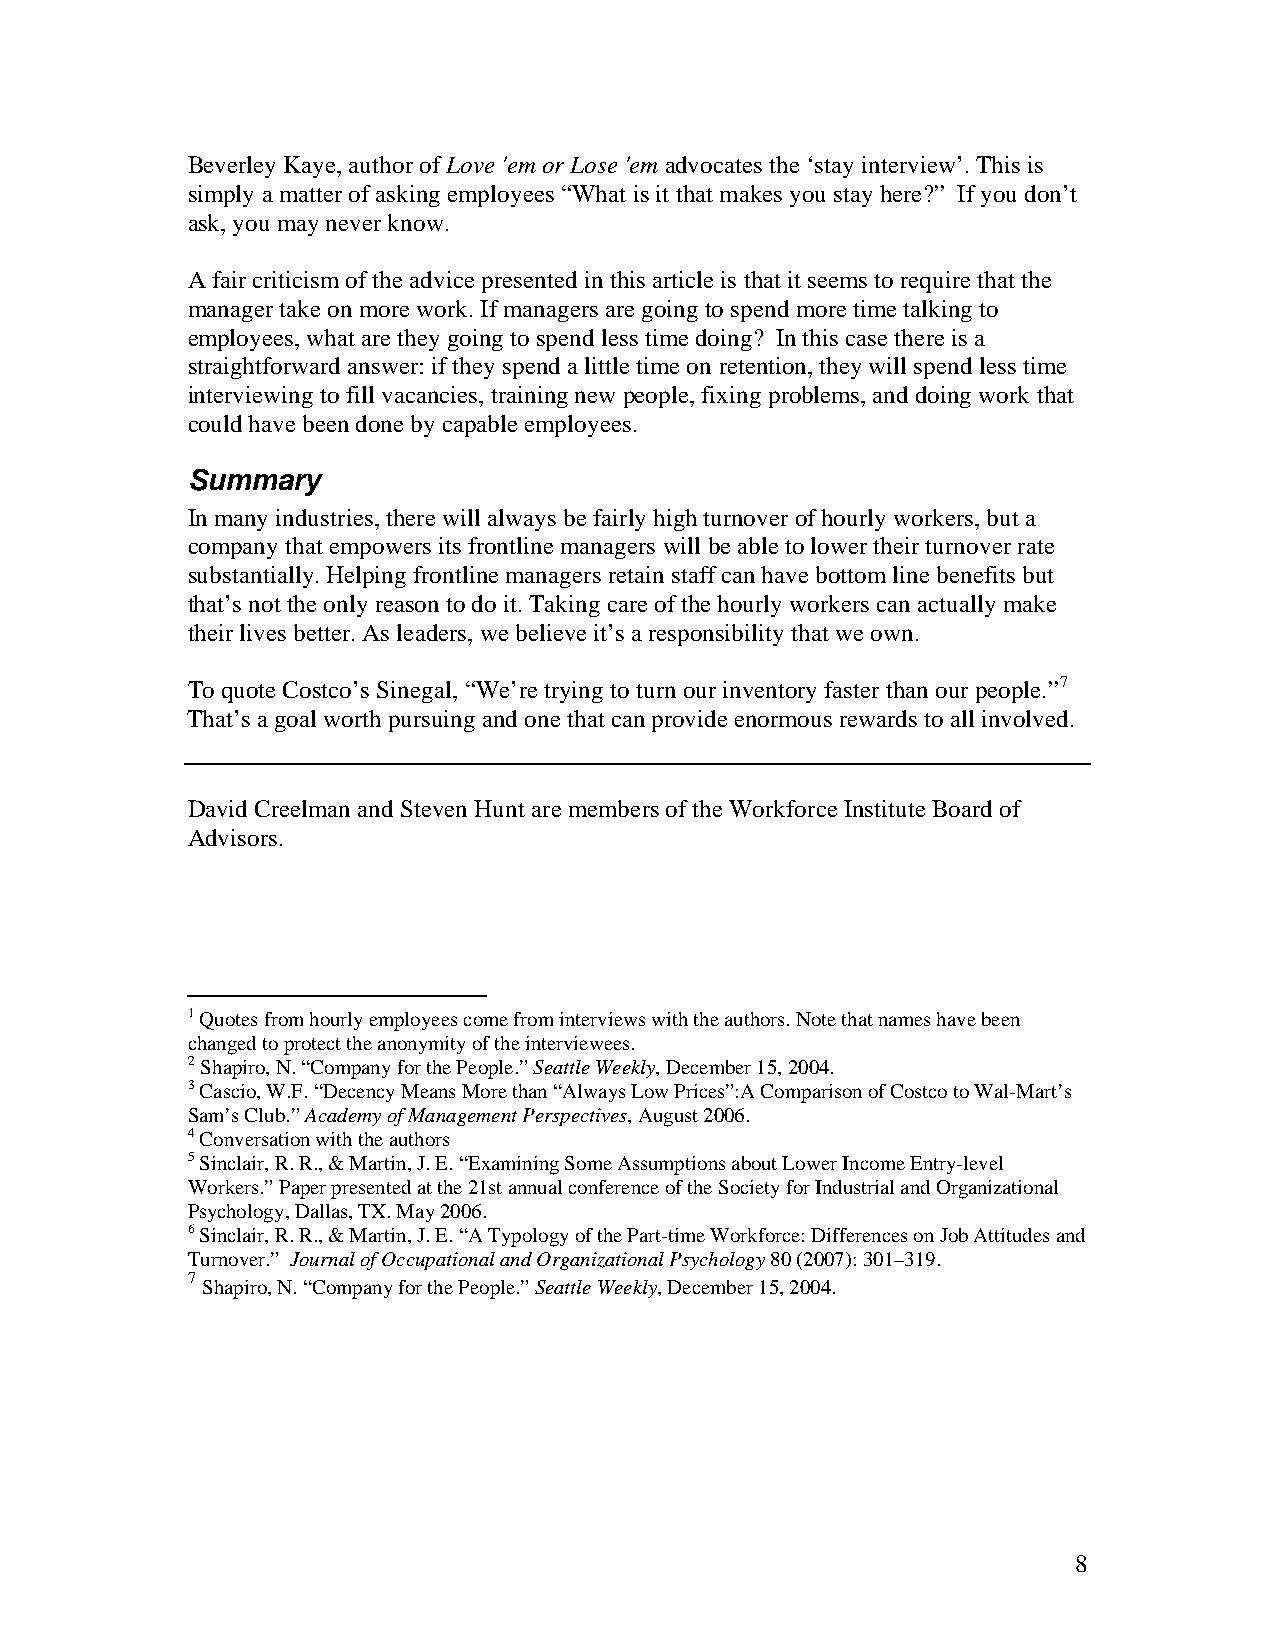
Beverley Kaye, author of Love 'em or Lose 'em advocates the ‘stay interview’. This is
 simply a matter of asking employees “What is it that makes you stay here?” If you don’t
 ask, you may never know.
 A fair criticism of the advice presented in this article is that it seems to require that the
 manager take on more work. If managers are going to spend more time talking to
 employees, what are they going to spend less time doing? In this case there is a
 straightforward answer: if they spend a little time on retention, they will spend less time
 interviewing to fill vacancies, training new people, fixing problems, and doing work that
 could have been done by capable employees.
 Summary
 In many industries, there will always be fairly high turnover of hourly workers, but a
 company that empowers its frontline managers will be able to lower their turnover rate
 substantially. Helping frontline managers retain staff can have bottom line benefits but
 that’s not the only reason to do it. Taking care of the hourly workers can actually make
 their lives better. As leaders, we believe it’s a responsibility that we own.
 To quote Costco’s Sinegal, “We’re trying to turn our inventory faster than our people.”7
 That’s a goal worth pursuing and one that can provide enormous rewards to all involved.
 David Creelman and Steven Hunt are members of the Workforce Institute Board of
 Advisors.
 1 Quotes from hourly employees come from interviews with the authors. Note that names have been
 changed to protect the anonymity of the interviewees.
 2 Shapiro, N. “Company for the People.” Seattle Weekly, December 15, 2004.
 3 Cascio, W.F. “Decency Means More than “Always Low Prices”:A Comparison of Costco to Wal-Mart’s
 Sam’s Club.” Academy of Management Perspectives, August 2006.
 4 Conversation with the authors
 5 Sinclair, R. R., & Martin, J. E. “Examining Some Assumptions about Lower Income Entry-level
 Workers.” Paper presented at the 21st annual conference of the Society for Industrial and Organizational
 Psychology, Dallas, TX. May 2006.
 6 Sinclair, R. R., & Martin, J. E. “A Typology of the Part-time Workforce: Differences on Job Attitudes and
 Turnover.” Journal of Occupational and Organizational Psychology 80 (2007): 301–319.
 7
 Shapiro, N. “Company for the People.” Seattle Weekly, December 15, 2004.
 8